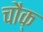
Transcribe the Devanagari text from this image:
चौक्